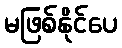
မဖြစ်နိုင်ပေ